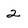
Character: 2